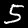
Digit: 5